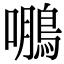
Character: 𮬹